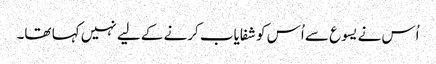
اُس نے یسوع سے اُس کو شفایاب کرنے کے لیے نہیں کہا تھا۔